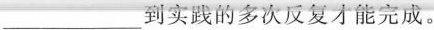
___到实践的多次反复才能完成。